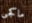
ماكجى